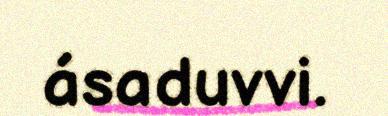
ásaduvvi.